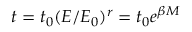
t = t _ { 0 } ( E / E _ { 0 } ) ^ { r } = t _ { 0 } e ^ { \beta M }